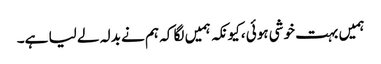
ہمیں بہت خوشی ہوئی ،کیونکہ ہمیں لگا کہ ہم نے بدلہ لے لیا ہے۔